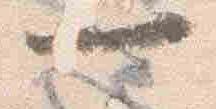
一